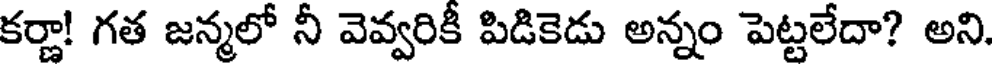
కర్ణా! గత జన్మలో నీ వెవ్వరికీ పిడికెడు అన్నం పెట్టలేదా? అని.